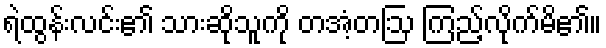
ရဲထွန်းလင်း၏ သားဆိုသူကို တအံ့တဩ ကြည့်လိုက်မိ၏။